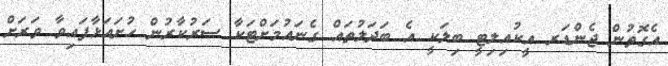
އެގޮތުން ޖެންޑަރ އީކުއިލިޓީ ބިލަކީ އެ ބަދަލުތައް ގެނައުމަށްޓަކާ ސަރުކާރުން ހުށައަޅާފައިވާ ވަރަށް